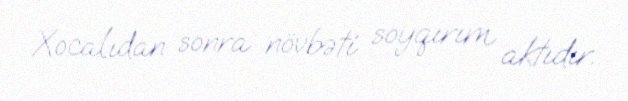
Xocalıdan sonra növbəti soyqırım aktıdır.